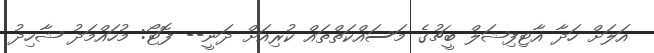
އަލަށް ހަދާ އާޓިފިޝަލް ބީޗުގެ މަސައްކަތްތައް ކުރިއަށް ދަނީ-- ފޮޓޯ: މުހައްމަދު ޝާހިދު